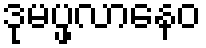
ဒုမပ္ဖလာနေဝ